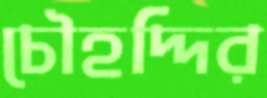
চৌহদ্দির